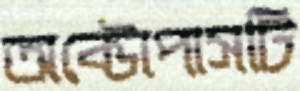
অক্টোপাসটি